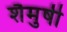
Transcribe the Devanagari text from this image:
शैमुषी